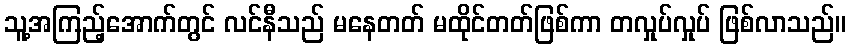
သူ့အကြည့်အောက်တွင် လင်နီသည် မနေတတ် မထိုင်တတ်ဖြစ်ကာ တလှုပ်လှုပ် ဖြစ်လာသည်။